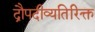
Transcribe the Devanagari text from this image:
द्रौपदीव्यतिरिक्त